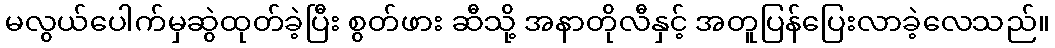
မလွယ်ပေါက်မှဆွဲထုတ်ခဲ့ပြီး စွတ်ဖား ဆီသို့ အနာတိုလီနှင့် အတူပြန်ပြေးလာခဲ့လေသည်။